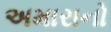
અમારાનો